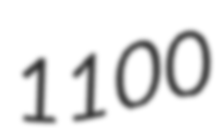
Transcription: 1100